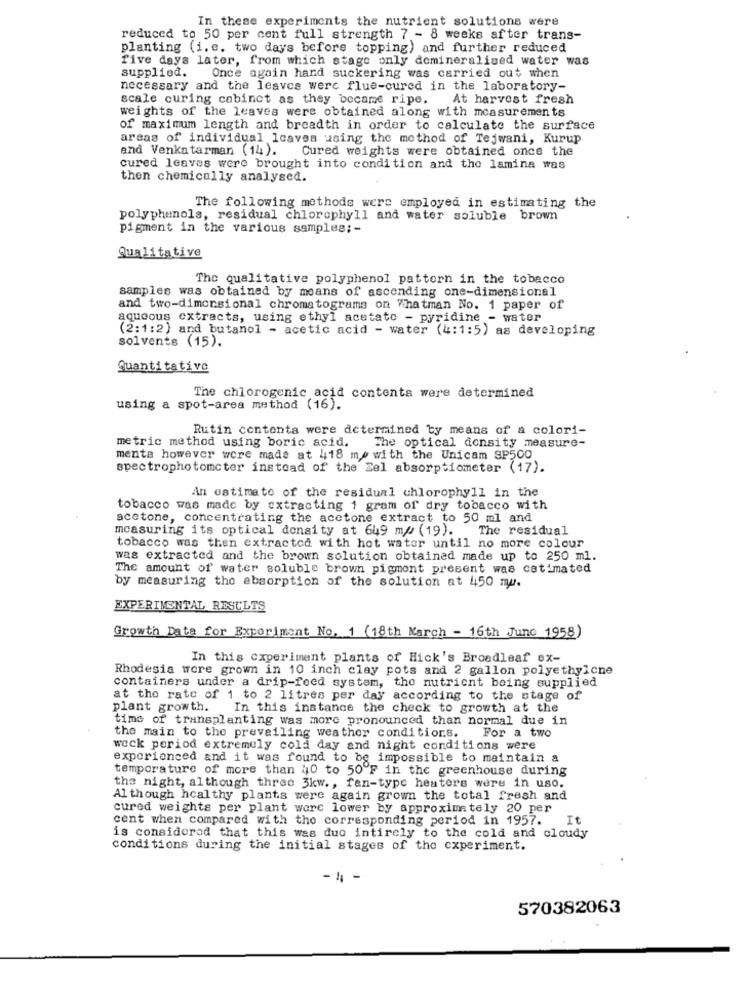
In these experiments the nutrient solutions were
reduced to 50 per cent full strength 7 - 8 weeks after trans-
planting (i. e. two days before topping) and further reduced
five days later, from which stage only demineralized water was
supplied. Once again hand suckering was carried out when
necessary and the leaves were flue-cured in the laboratory-
scale curing cabinct as they became ripe.
At harvest fresh
weights of the leaves were obtained along with measurements
of maximum length and breadth in order to calculate the surface
areas of individual leaves using the method of Tejwani, Kurup
and Venkatarman (14). Cured weights were obtained once the
cured leaves were brought into condition and the lamina was
then chemically analysed.
The following methods were employed in estimating the
polyphenols, residual chlorophyll and water soluble brown
pigment in the various samples ;-
Qualitative
The qualitative polyphenol pattern in the tobacco
samples was obtained by means of ascending one-dimensional
and two-dimensional chromatograms on Whatman No. 1 paper of
aqueous extracts, using ethyl acetate - pyridine - water
(2:1:2) and butanol - acetic acid - water (4:1:5) as developing
solvents (15).
Quantitative
The chlorogenic acid contents were determined
using a spot-area method (16).
Rutin contenta were determined by means of a colori-
metric method using boric acid.
The optical density measure-
mente however were made at 418 me with the Unicam SP500
spectrophotometer instead of the Zel absorptiometer (17).
An estimate of the residual chlorophyll in the
tobacco was made by extracting 1 gram of dry tobacco with
acetone, concentrating the acetone extract to 50 ml and
measuring its optical density at 649 m/ (19). The residual
tobacco was then extractod with hot water until no more colour
was extracted and the brown solution obtained made up to 250 ml.
The amount of water soluble brown pigment present was catimated
by measuring the absorption of the solution at 450 mu.
EXPERIMENTAL RESULTS
Growth Date for Experiment No. 1 (18th March - 16th June 1958)
In this experiment plants of Hick's Broadleaf ex-
Rhodesia wore grown in 10 inch clay pots and 2 gallon polyethylene
containers under a drip-feed system, the nutrient being supplied
at the rate of 1 to 2 litres per day according to the stage of
plant growth.
In this instance the check to growth at the
time of transplanting was more pronounced than normal due in
the main to the preveiling weather conditions. For a two
weck period extremely cold day and night conditions were
experienced and it was found to be impossible to maintain a
temporature of more than 40 to 50ºF in the greenhouse during
the night, although three 3kw ., fan-type heaters were in uso.
Al though healthy plants were again grown the total fresh and
cured weights per plant wore lower by approximately 20 per
cent when compared with the corresponding period in 1957.
It
is considered that this was duo intirely to the cold and cloudy
conditions during the initial stages of the experiment.
4 -
570382063